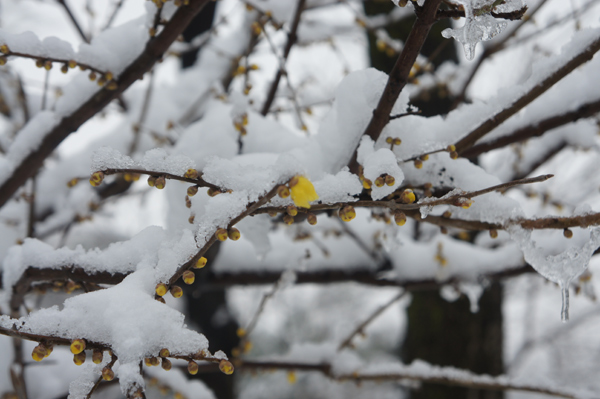
冰雪林中著此身，不同桃李混芳尘